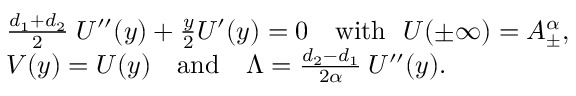
\begin{array} { r l } & { \frac { d _ { 1 } { + } d _ { 2 } } { 2 } \; U ^ { \prime \prime } ( y ) + \frac { y } { 2 } U ^ { \prime } ( y ) = 0 \quad \mathrm { w i t h ~ } \ U ( \pm \infty ) = A _ { \pm } ^ { \alpha } , } \\ & { V ( y ) = U ( y ) \quad \mathrm { a n d } \quad \Lambda = \frac { d _ { 2 } { - } d _ { 1 } } { 2 \alpha } \: U ^ { \prime \prime } ( y ) . } \end{array}